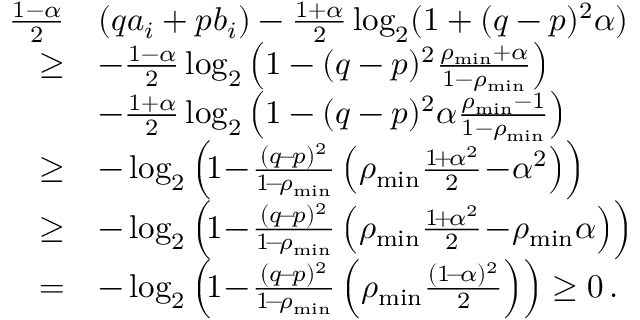
\begin{array} { r l } { \frac { 1 - \alpha } { 2 } } & { \left( q a _ { i } + p b _ { i } \right) - \frac { 1 + \alpha } { 2 } \log _ { 2 } ( 1 + ( q - p ) ^ { 2 } \alpha ) } \\ { \ge } & { - \frac { 1 - \alpha } { 2 } \log _ { 2 } \left( 1 - ( q - p ) ^ { 2 } \frac { \rho _ { \operatorname* { m i n } } + \alpha } { 1 - \rho _ { \operatorname* { m i n } } } \right) } \\ & { - \frac { 1 + \alpha } { 2 } \log _ { 2 } \left( 1 - ( q - p ) ^ { 2 } \alpha \frac { \rho _ { \operatorname* { m i n } } - 1 } { 1 - \rho _ { \operatorname* { m i n } } } \right) } \\ { \ge } & { - \log _ { 2 } \left( \! 1 \! - \! \frac { ( q \! - \! p ) ^ { 2 } } { 1 \! - \! \rho _ { \operatorname* { m i n } } } \left( \rho _ { \operatorname* { m i n } } \frac { 1 \! + \! \alpha ^ { 2 } } { 2 } \! - \! \alpha ^ { 2 } \right) \right) } \\ { \ge } & { - \log _ { 2 } \left( \! 1 \! - \! \frac { ( q \! - \! p ) ^ { 2 } } { 1 \! - \! \rho _ { \operatorname* { m i n } } } \left( \rho _ { \operatorname* { m i n } } \frac { 1 \! + \! \alpha ^ { 2 } } { 2 } \! - \! \rho _ { \operatorname* { m i n } } \alpha \right) \right) } \\ { = } & { - \log _ { 2 } \left( \! 1 \! - \! \frac { ( q \! - \! p ) ^ { 2 } } { 1 \! - \! \rho _ { \operatorname* { m i n } } } \left( \rho _ { \operatorname* { m i n } } \frac { ( 1 \! - \! \alpha ) ^ { 2 } } { 2 } \right) \right) \ge 0 \, . } \end{array}